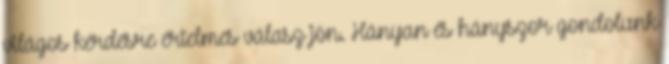
világos kérdésre értelmes válasz jön. Hányan és hányszor gondolunk